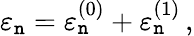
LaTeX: \varepsilon_{\mathtt{n}}=\varepsilon_{\mathtt{n}}^{(0)}+\varepsilon_{\mathtt{n}}^{(1)}\, ,